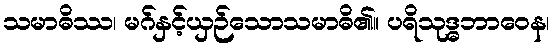
သမာဓိဿ၊ မဂ်နှင့်ယှဉ်သောသမာဓိ၏။ ပရိသုဒ္ဓဘာဝေန၊